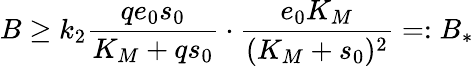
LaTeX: B\geq k_{2}\frac{qe_{0}s_{0}}{K_{M}+qs_{0}}\cdot\frac{e_{0}K_{M}}{(K_{M}+s_{0})^{2}}=:B_{*}